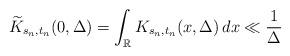
LaTeX: \begin{gather*}\widetilde{K}_{s_n,t_n}(0, \Delta) = \int_{\mathbb{R}} K_{s_n,t_n}(x, \Delta) \,dx\ll \frac{1}{\Delta} \end{gather*}